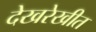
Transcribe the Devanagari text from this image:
देखरेखीत